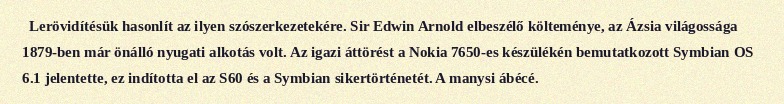
Lerövidítésük hasonlít az ilyen szószerkezetekére. Sir Edwin Arnold elbeszélő költeménye, az Ázsia világossága 1879-ben már önálló nyugati alkotás volt. Az igazi áttörést a Nokia 7650-es készülékén bemutatkozott Symbian OS 6.1 jelentette, ez indította el az S60 és a Symbian sikertörténetét. A manysi ábécé.